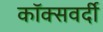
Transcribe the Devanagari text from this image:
कॉक्सवर्दी